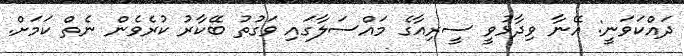
ދައްކަވަނީ: އޭނާ ވިދާޅުވީ ސީރިއާގެ މައްސަލާގައި ވަގުތު ބޭކާރު ކުރެވެން ނެތް ކަމަށް.